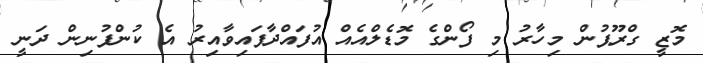
މޮޒީ ގްރޫޕުން މިހާރު މި ފޯންގެ މޮޑެލްއެއް އުފައްދާފައިވާއިރު އެ ކުންފުނިން ދަނީ